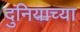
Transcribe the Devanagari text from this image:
दुनियाच्या